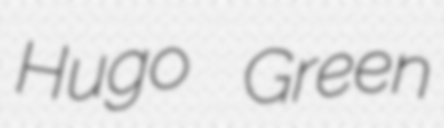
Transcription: Hugo Green